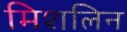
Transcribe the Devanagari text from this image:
मिशलिन